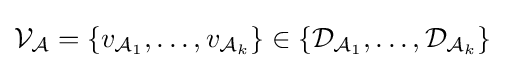
{\mathcal {V_{\mathcal {A}}}}=\{v_{{\mathcal {A}}_{1}},\dots ,v_{{\mathcal {A}}_{k}}\}\in \{{\mathcal {D}}_{{\mathcal {A}}_{1}},\dots ,{\mathcal {D}}_{{\mathcal {A}}_{k}}\}